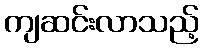
ကျဆင်းလာသည့်